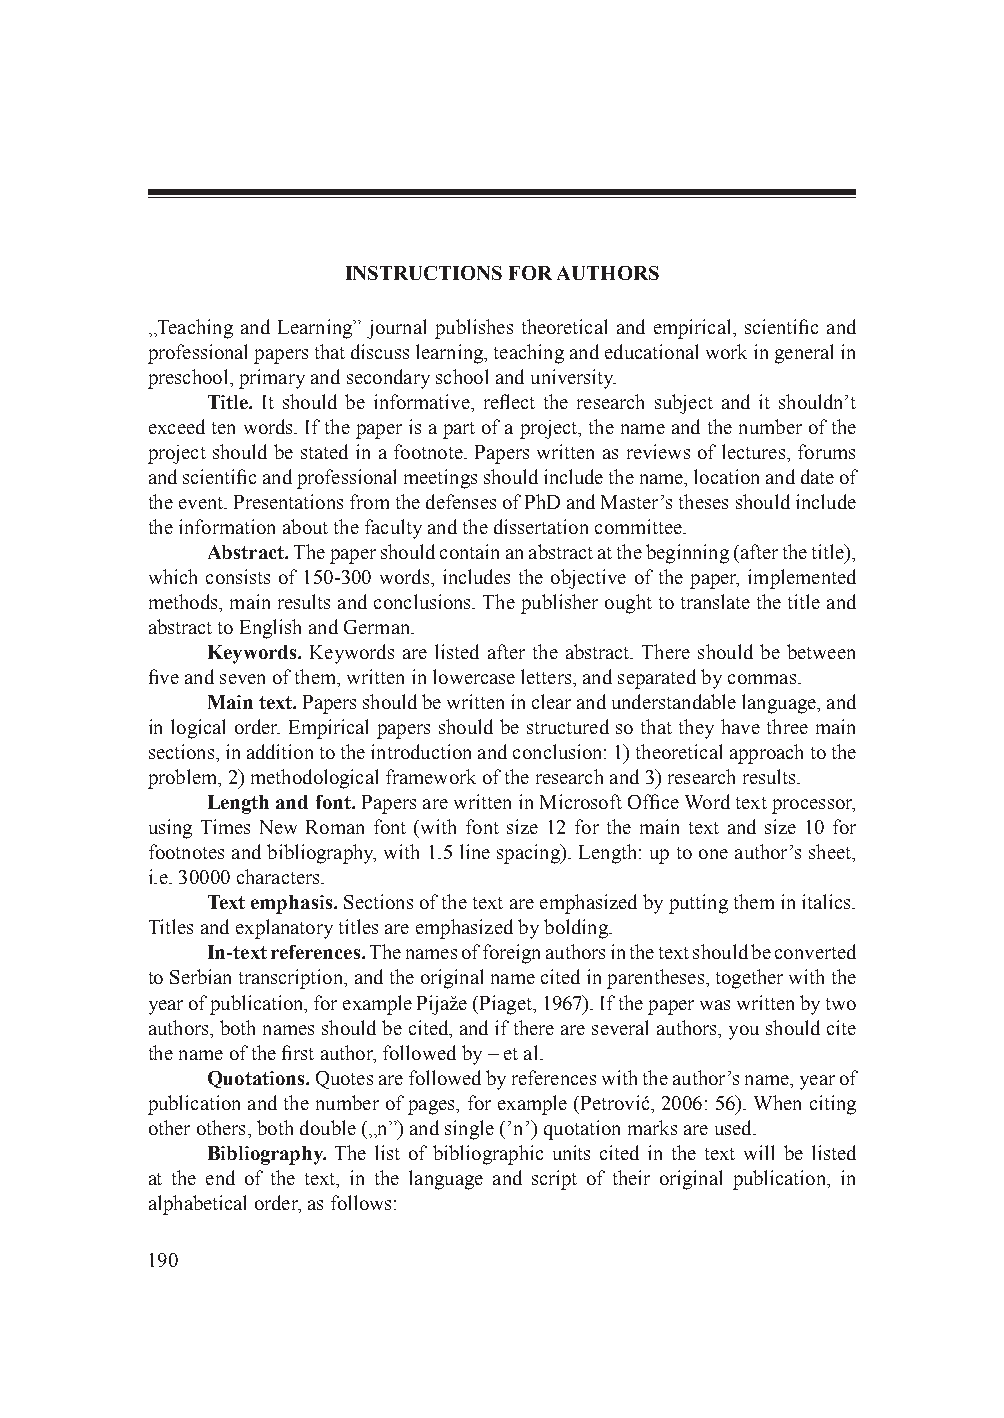
INSTRUCTIONS FOR AUTHORS
 „Teaching and Learning” journal publishes theoretical and empirical, scientific and
 professional papers that discuss learning, teaching and educational work in general in
 preschool, primary and secondary school and university.
 Title. It should be informative, reflect the research subject and it shouldn’t
 exceed ten words. If the paper is a part of a project, the name and the number of the
 project should be stated in a footnote. Papers written as reviews of lectures, forums
 and scientific and professional meetings should include the name, location and date of
 the event. Presentations from the defenses of PhD and Master’s theses should include
 the information about the faculty and the dissertation committee.
 Abstract. The paper should contain an abstract at the beginning (after the title),
 which consists of 150-300 words, includes the objective of the paper, implemented
 methods, main results and conclusions. The publisher ought to translate the title and
 abstract to English and German.
 Keywords. Keywords are listed after the abstract. There should be between
 five and seven of them, written in lowercase letters, and separated by commas.
 Main text. Papers should be written in clear and understandable language, and
 in logical order. Empirical papers should be structured so that they have three main
 sections, in addition to the introduction and conclusion: 1) theoretical approach to the
 problem, 2) methodological framework of the research and 3) research results.
 Length and font. Papers are written in Microsoft Office Word text processor,
 using Times New Roman font (with font size 12 for the main text and size 10 for
 footnotes and bibliography, with 1.5 line spacing). Length: up to one author’s sheet,
 i.e. 30000 characters.
 Text emphasis. Sections of the text are emphasized by putting them in italics.
 Titles and explanatory titles are emphasized by bolding.
 In-text references. The names of foreign authors in the text should be converted
 to Serbian transcription, and the original name cited in parentheses, together with the
 year of publication, for example Pijaže (Piaget, 1967). If the paper was written by two
 authors, both names should be cited, and if there are several authors, you should cite
 the name of the first author, followed by ‒ et al.
 Quotations. Quotes are followed by references with the author’s name, year of
 publication and the number of pages, for example (Petrović, 2006: 56). When citing
 other others, both double („n”) and single (’n’) quotation marks are used.
 Bibliography. The list of bibliographic units cited in the text will be listed
 at the end of the text, in the language and script of their original publication, in
 alphabetical order, as follows:
 190